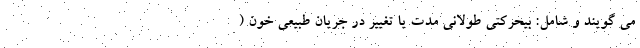
می گویند و شامل: بیحرکتی طولانی مدت یا تغییر در جریان طبیعی خون (